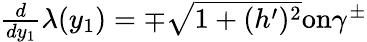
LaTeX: \begin{array}{r}{\frac{d}{dy_{1}}\lambda(y_{1})=\mp\sqrt{1+(h^{\prime})^{2}}\textnormal{on}\gamma^{\pm}}\end{array}